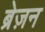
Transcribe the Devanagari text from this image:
ब्रेज़न